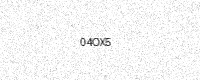
Text: 04OX5